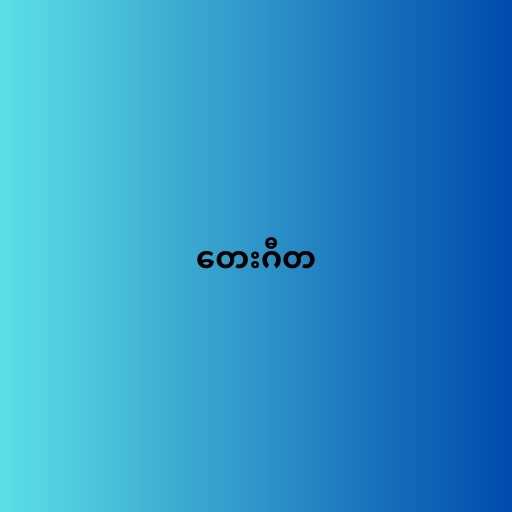
တေးဂီတ